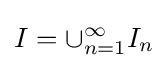
I=\cup _{n=1}^{\infty }I_{n}